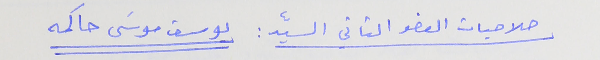
صلاحيات العضو الثاني السيّد : يوسف موسَى حاكمه